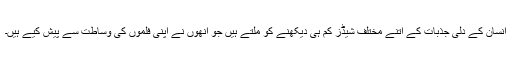
انسان کے دلی جذبات کے اتنے مختلف شیڈز کم ہی دیکھنے کو ملتے ہیں جو انھوں نے اپنی فلموں کی وساطت سے پیش کیے ہیں۔